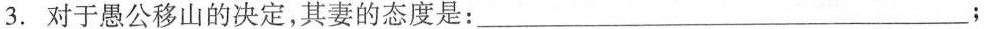
3. 对于愚公移山的决定，其妻的态度是：___；